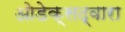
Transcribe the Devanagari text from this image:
ओडेक्सद्वारा